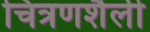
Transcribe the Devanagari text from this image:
चित्रणशैली